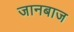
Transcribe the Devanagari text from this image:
जानबाज